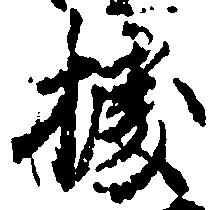
拠